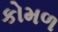
કોમળ